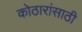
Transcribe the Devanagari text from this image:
कोठारांसाठी